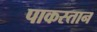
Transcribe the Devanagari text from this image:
पाकस्तान